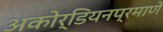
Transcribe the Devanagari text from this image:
अकोर्डियनप्रमाणे